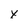
Character: x